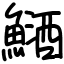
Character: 鿐